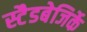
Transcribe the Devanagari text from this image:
स्टैडबेजिर्के